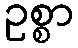
ဥစ္စာ